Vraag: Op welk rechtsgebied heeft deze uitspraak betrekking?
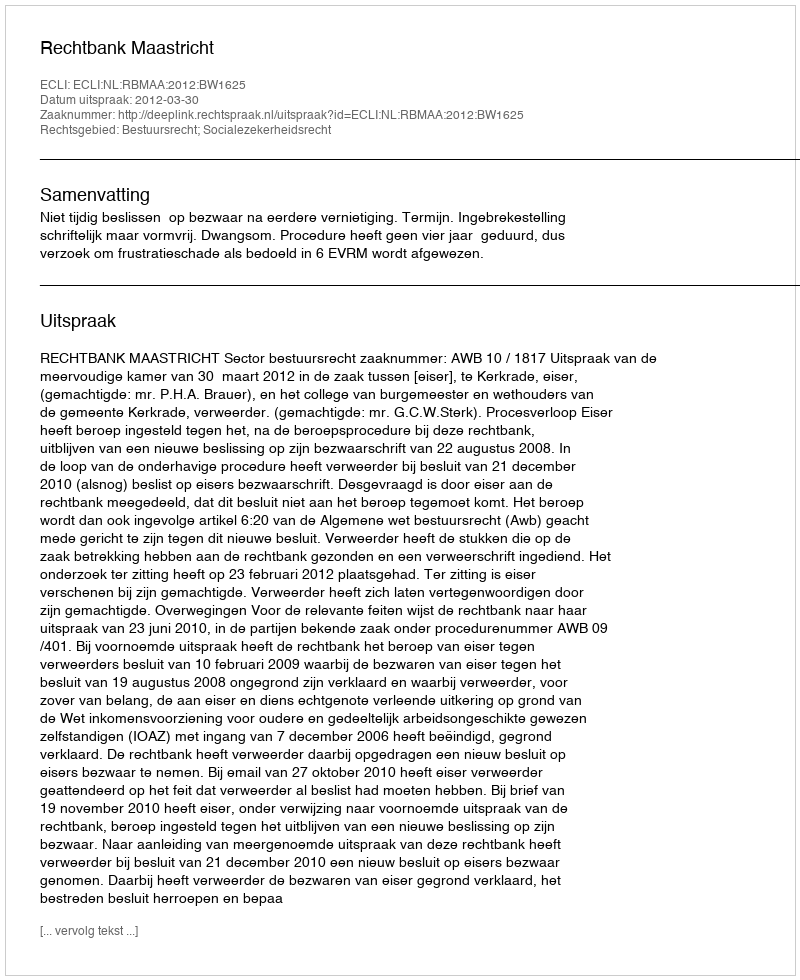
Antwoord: Bestuursrecht; Socialezekerheidsrecht